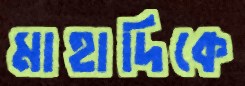
মাহাদিকে